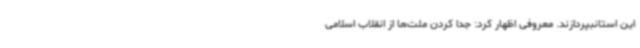
این استانبپردازند. معروفی اظهار کرد: جدا کردن ملت‌ها از انقلاب اسلامی